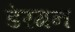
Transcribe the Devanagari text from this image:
डेरगन